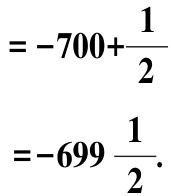
\[
\begin{align*}
&=-700 + \frac{1}{2}\\
&=-699\frac{1}{2}.
\end{align*}
\]